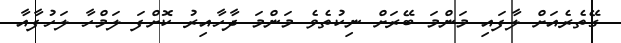
ގޭތެރެއަށް ލާފައި މަންމަ ބޭރަށް ނިކުތެވެ މަންމަ ދާހާއިރު ކޮށްފަ ލަމްހާ ލަހުފާއާ